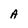
Character: A